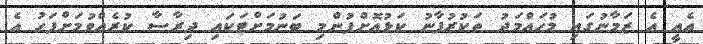
އެއީ އެ ޒަމާނުގައި މުހައްމަދު ތަކުރުފާނު ކަޅުއޮށްފުންމި ބަނުމަށްޓަކައި ދިރާސާ ކުރެއްވުމަށްފަހު އެ